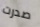
صدرت